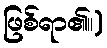
ဖြစ်ရာ၏။)